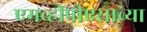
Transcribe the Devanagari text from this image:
एमव्हीपीएसाच्या